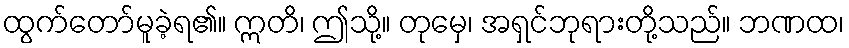
ထွက်တော်မူခဲ့ရ၏။ ဣတိ၊ ဤသို့။ တုမှေ၊ အရှင်ဘုရားတို့သည်။ ဘဏထ၊